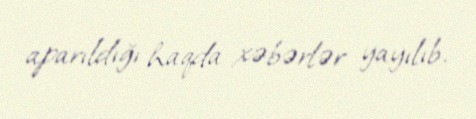
aparıldığı haqda xəbərlər yayılıb.